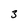
Character: 3